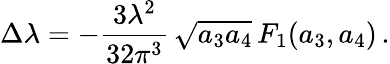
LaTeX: \Delta\lambda=-\frac{3\lambda^{2}}{32\pi^{3}}\, \sqrt{a_{3}a_{4}}\, F_{1}(a_{3},a_{4})\, .